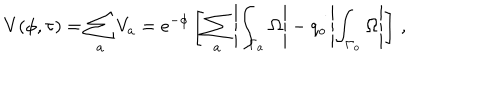
V ( \phi , \tau ) = \sum _ { a } V _ { a } = e ^ { - \phi } \left[ \sum _ { a } \left| \int _ { \Gamma _ { a } } \Omega \right| - q _ { o } \left| \int _ { \Gamma _ { o } } \Omega \right| \right] \, ,